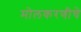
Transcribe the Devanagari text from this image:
मोलकरणीचे